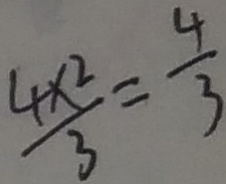
\frac { 4 \times 2 } { 3 } = \frac { 4 } { 3 }